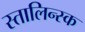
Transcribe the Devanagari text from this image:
स्तालिन्स्क